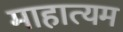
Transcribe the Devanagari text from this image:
माहात्यम